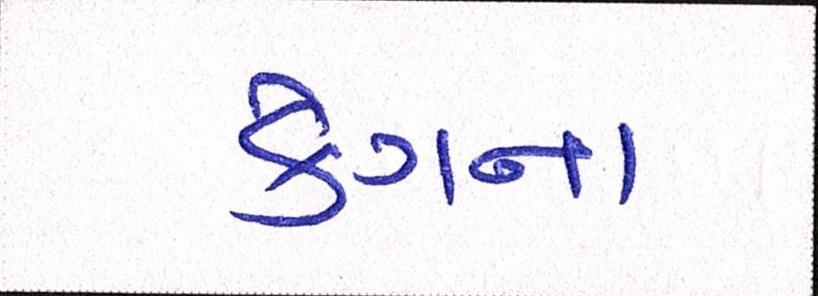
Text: કેગના